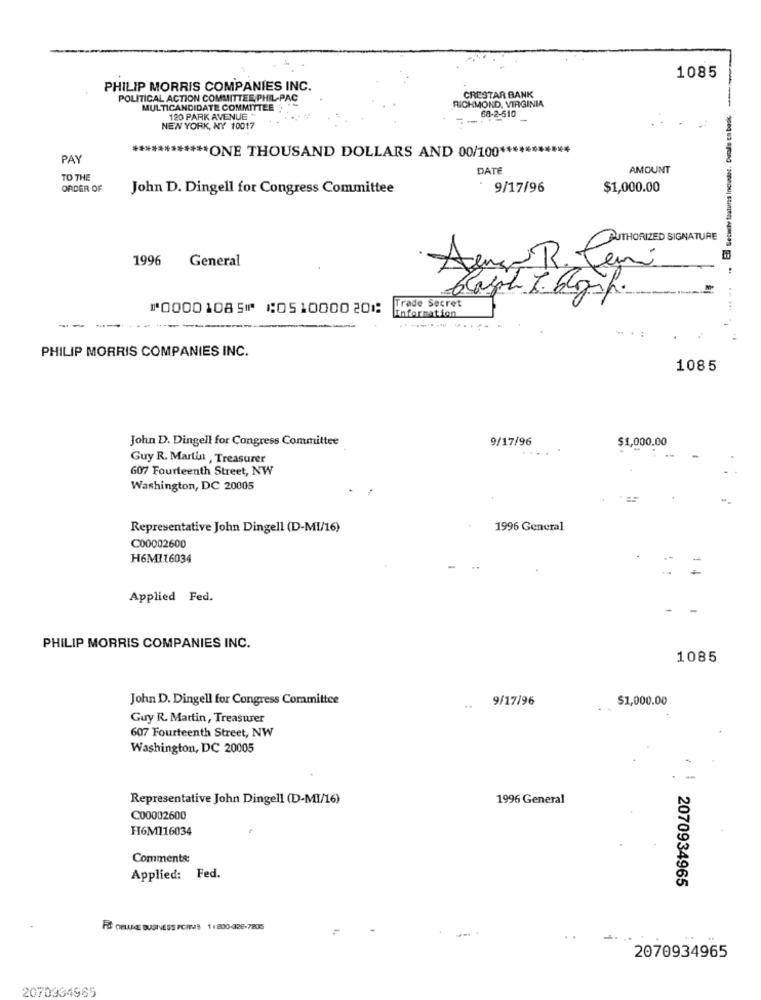
1085
PHILIP MORRIS COMPANIES INC.
POLITICAL ACTION COMMITTEE PHIL-PAC
CRESTAR BANK
MULTICANDIDATE COMMITTEE : "
RICHMOND, VIRGINIA
68-2-510
120 PARK AVENUE +
NEW YORK, NY 10017
PAY
** ONE THOUSAND DOLLARS AND 00/100 **
DATE
AMOUNT
TO THE
ORDER OF
John D. Dingell for Congress Committee
9/17/96
$1,000.00
AUTHORIZED SIGNATURE
1996
General
Aenero R. Jení
blasph t. bosch.
⑈00001085⑈ ⑆051000020⑆
Trade Secret
Information
.. ... .
-
PHILIP MORRIS COMPANIES INC.
1085
John D. Dingell for Congress Committee
9/17/96
$1,000.00
Guy R. Martin , Treasurer
607 Fourteenth Street, NW
Washington, DC 20005
Representative John Dingell (D-MI/16)
1996 General
C00002600
H6MI16034
Applied Fed.
PHILIP MORRIS COMPANIES INC.
1085
John D. Dingell for Congress Committee
9/17/96
$1,000.00
Guy R. Martin, Treasurer
607 Fourteenth Street, NW
Washington, DC 20005
Representative John Dingell (D-MI/16)
1996 General
C00002600
H6M116034
Comments:
Applied: Fed.
2070934965
2070934965
2070934965